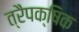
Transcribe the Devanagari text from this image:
त्रैपक्षिक